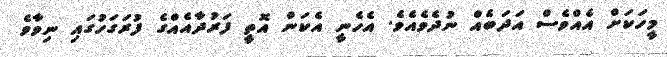
މީހަކަށް އެއްވެސް އަދަބެއް ނުދެވެއެވެ. އެހެނީ އެކަން އޮތީ ފަރުދާއެއްގެ ފުރަގަހުގައި ނިވާވެ